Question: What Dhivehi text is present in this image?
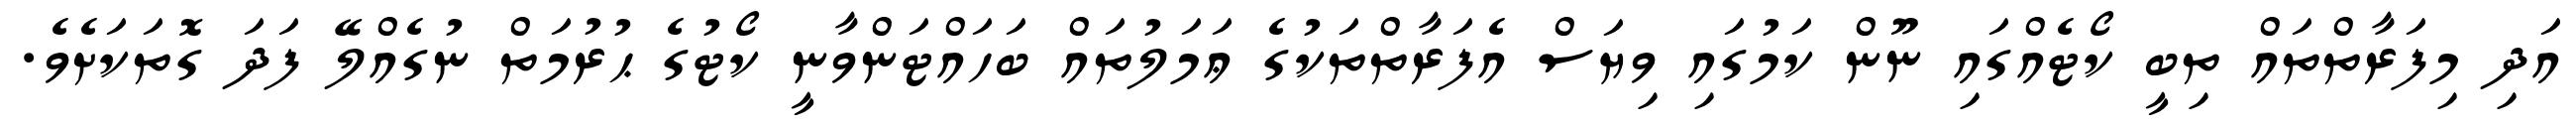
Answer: އަދި މިފަރާތްތައް ތިބީ ކޯޓެއްގައި ނޫން ކަމުގައި ވިޔަސް އެފަރާތްތަކުގެ ޢަމަލުތައް ބަހައްޓަންވާނީ ކޯޓުގެ ޙުރުމަތް ނުގެއްލޭ ފަދަ ގޮތަކަށެވެ.